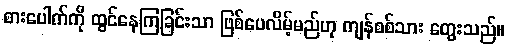
စားပေါက်ကို ထွင်နေကြခြင်းသာ ဖြစ်ပေလိမ့်မည်ဟု ကျန်စစ်သား တွေးသည်။